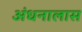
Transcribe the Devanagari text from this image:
अंधनालास